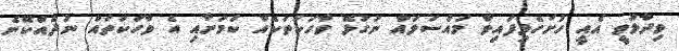
ވިދާޅުވީ އެއީ ހުށަހެޅިފައިވާ މައްސަލައާ ނުގުޅޭ ވާހަކަތަކެއް ކަމަށާއި އެ ވާހަކަތައް ނުދެއްކޭނެ